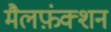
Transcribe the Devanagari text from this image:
मैलफ़ंक्शन